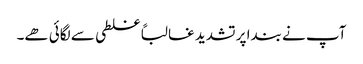
آپ نے بندا پر تشدید غالباً غلطی سے لگائی ھے۔